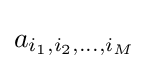
a_{i_{1},i_{2},\ldots ,i_{M}}